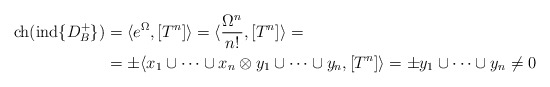
\begin{align*}\mathrm{ch}(\mathrm{ind}\{D_B^+\})&=\langle e^{\Omega},[T^n]\rangle=\langle \frac{\Omega^n}{n!},[T^n]\rangle=\\&=\pm\langle x_1\cup\cdots \cup x_n\otimes y_1\cup \cdots \cup y_n,[T^n]\rangle=\pm y_1\cup\cdots\cup y_n\neq 0\end{align*}